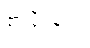
စာပို့ခြင်း